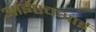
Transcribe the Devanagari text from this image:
आईएचआई